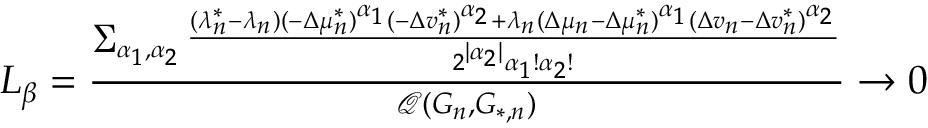
\begin{array} { r } { L _ { \beta } = \frac { \sum _ { \alpha _ { 1 } , \alpha _ { 2 } } { \frac { ( \lambda _ { n } ^ { * } - \lambda _ { n } ) ( - \Delta \mu _ { n } ^ { * } ) ^ { \alpha _ { 1 } } ( - \Delta v _ { n } ^ { * } ) ^ { \alpha _ { 2 } } + \lambda _ { n } ( \Delta \mu _ { n } - \Delta \mu _ { n } ^ { * } ) ^ { \alpha _ { 1 } } ( \Delta v _ { n } - \Delta v _ { n } ^ { * } ) ^ { \alpha _ { 2 } } } { 2 ^ { | \alpha _ { 2 } | } \alpha _ { 1 } ! \alpha _ { 2 } ! } } } { \mathcal { Q } ( G _ { n } , G _ { * , n } ) } \to 0 } \end{array}